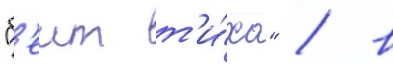
"б'еит т'и́хо" / в